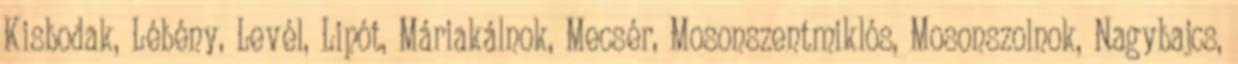
Kisbodak, Lébény, Levél, Lipót, Máriakálnok, Mecsér, Mosonszentmiklós, Mosonszolnok, Nagybajcs,